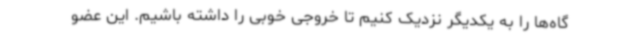
گاه‌ها را به یکدیگر نزدیک کنیم تا خروجی خوبی را داشته باشیم. این عضو